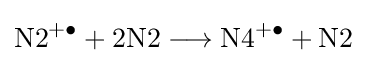
{{\mathrm {N2^{+\bullet }} }{}+{}{\text{2N2}}{}\mathrel {\longrightarrow } {}{\mathrm {N4^{+\bullet }} }{}+{}{\text{N2}}}